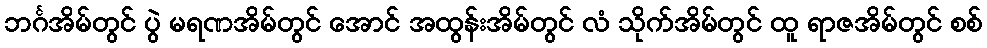
ဘင်္ဂအိမ်တွင် ပွဲ မရဏအိမ်တွင် အောင် အထွန်းအိမ်တွင် လံ သိုက်အိမ်တွင် ထူ ရာဇအိမ်တွင် စစ်